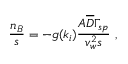
\frac { n _ { B } } { s } = - g ( k _ { i } ) \frac { { \cal A } \overline { { { D } } } \Gamma _ { s p } } { v _ { w } ^ { 2 } s } \ ,